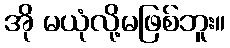
အို မယုံလို့မဖြစ်ဘူး။